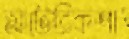
আটোরিকশা